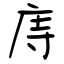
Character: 庤